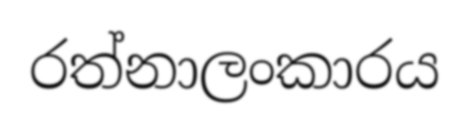
රත්නාලංකාරය